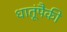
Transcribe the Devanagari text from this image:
धातूंपैकी